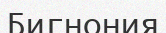
Бигнония